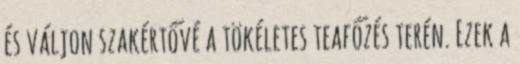
és váljon szakértővé a tökéletes teafőzés terén. Ezek a